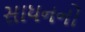
સાધનનો